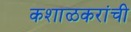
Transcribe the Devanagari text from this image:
कशाळकरांची